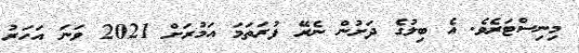
މިނިސްޓަރެވެ. އެ ބިލުގެ ދަށުން ނެރޭ ފުރަތަމަ އަމުރަށް 2021 ވަނަ އަހަރު